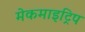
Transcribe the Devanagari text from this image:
मेकमाइट्रिप